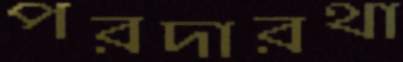
পরদারথা